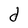
Character: d